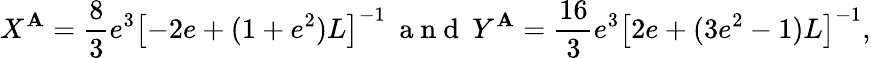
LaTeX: X^{\mathbf{A}}=\frac{{8}}{{3}}e^{3}\left[-2e+(1+e^{2})L\right]^{-1}\: \mathrm{{~a~n~d~}}\: Y^{\mathbf{A}}=\frac{{16}}{{3}}e^{3}\left[2e+(3e^{2}-1)L\right]^{-1},